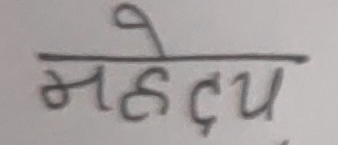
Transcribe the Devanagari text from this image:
महोदय